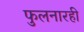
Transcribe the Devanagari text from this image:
फुलनारही